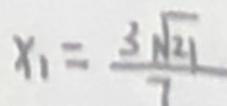
x _ { 1 } = \frac { 3 \sqrt { 2 1 } } { 7 }